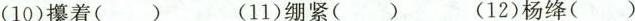
(10)攥着( ) (11)绷紧( ) (12)杨绛( )